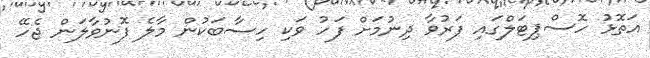
އަތޮޅު ހޮސްޕިޓަލްގައި ފަރުވާ ދިނުމަށް ފަހު ވަކި ހިސާބަކުން މާލެ ފޮނުވާލަން ޖެހޭ